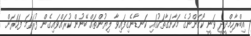
އިބްރާހިމްދީދީ ވަނީ ކޯގަންނުގެ މަހާނަގާތަކުގައި ކަނޑާނެގިފައިވާ ލިޔުންތައް ބޭނުން ކުރައްވައިގެން ފުރަތަމަ ފަހަރަށް